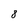
Character: 8